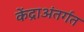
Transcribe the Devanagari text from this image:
केंद्राअंतर्गत